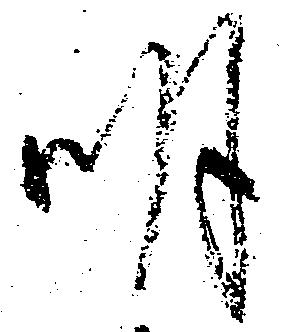
明